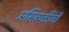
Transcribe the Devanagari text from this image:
अभिव्यक्तींची